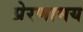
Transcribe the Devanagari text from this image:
प्रेरणामय